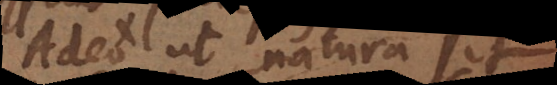
Adeo ut natura sit